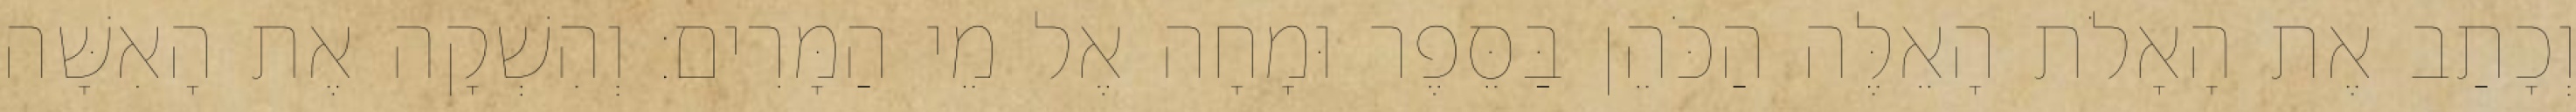
וְכָתַב אֶת הָאָלֹת הָאֵלֶּה הַכֹּהֵן בַּסֵּפֶר וּמָחָה אֶל מֵי הַמָּרִים׃ וְהִשְׁקָה אֶת הָאִשָּׁה